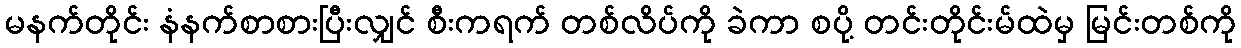
မနက်တိုင်း နံနက်စာစားပြီးလျှင် စီးကရက် တစ်လိပ်ကို ခဲကာ စပို့ တင်းတိုင်းမ်ထဲမှ မြင်းတစ်ကို